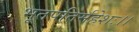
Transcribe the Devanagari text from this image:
भूतपतिर्महेशः।।